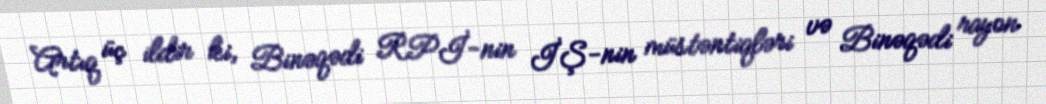
Artıq üç ildir ki, Binəqədi RPİ-nin İŞ-nin müstəntiqləri və Binəqədi rayon